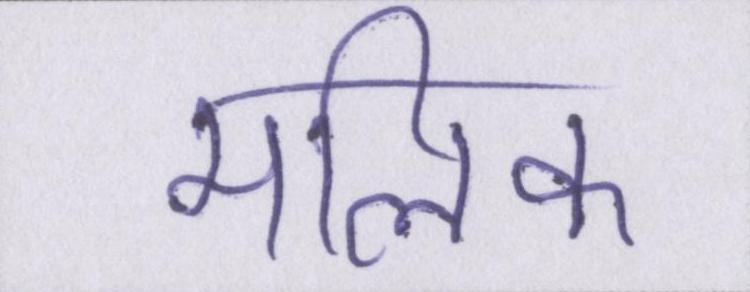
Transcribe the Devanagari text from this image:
मलिक